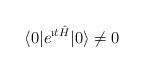
LaTeX: \begin{align*}\langle 0|e^{\i t{\hat H}}|0\rangle \not=0\end{align*}